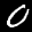
Label: 0